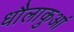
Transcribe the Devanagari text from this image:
धौलाकुआं